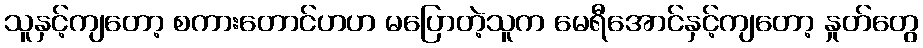
သူနှင့်ကျတော့ စကားတောင်ဟဟ မပြောတဲ့သူက မေရီအောင်နှင့်ကျတော့ နှုတ်တွေ